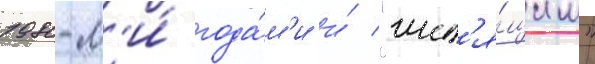
1980-м'и́ года́м'и и́ "шип'я́щим"